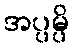
အပ္ပမ္ပိ